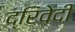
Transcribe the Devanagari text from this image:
द्रिवेदी